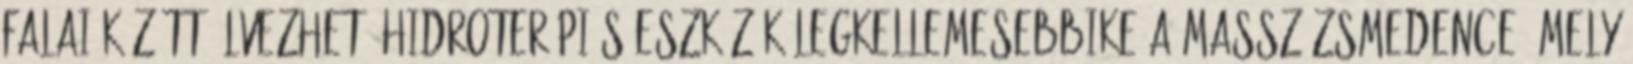
falai között élvezhető hidroterápiás eszközök legkellemesebbike a masszázsmedence, mely